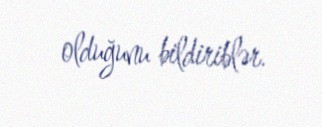
olduğunu bildiriblər.